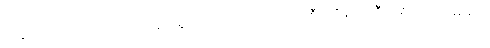
ထိခိုက်စေပါတယ် လို့ စပါးအုံးမြွေ ရှင်းလင်းဖယ်ရှားရေး စီမံကိန်းကို ဦးဆောင်ရေးဆွဲခဲ့သူ